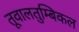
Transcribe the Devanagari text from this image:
तूवालतुम्बिकल